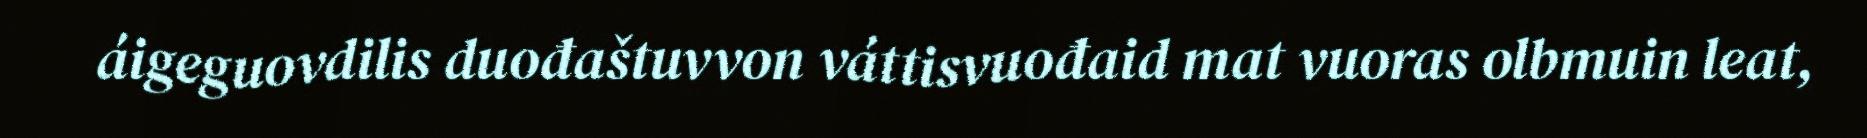
áigeguovdilis duođaštuvvon váttisvuođaid mat vuoras olbmuin leat,